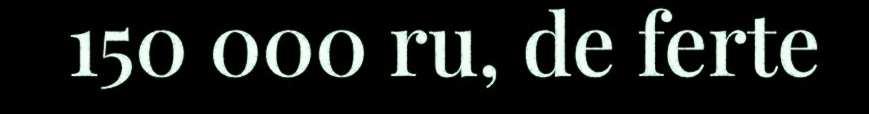
150 000 ru, de ferte